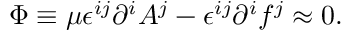
\Phi \equiv \mu \epsilon ^ { i j } \partial ^ { i } A ^ { j } - \epsilon ^ { i j } \partial ^ { i } f ^ { j } \approx 0 .